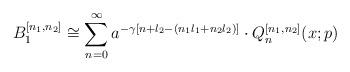
LaTeX: \begin{align*}B_1^{[n_1,n_2]} \cong \sum^{\infty}_{n=0} a^{-\gamma[n+l_2-(n_1l_1+n_2l_2)]}\cdot Q_n^{[n_1,n_2]}(x;p)\end{align*}